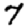
Digit: 7